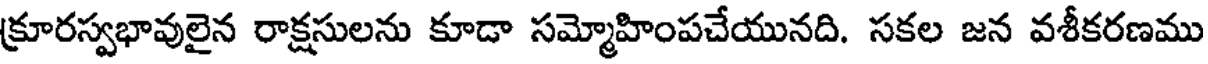
క్రూరస్వభావులైన రాక్షసులను కూడా సమ్మోహింపచేయునది. సకల జన వశీకరణము